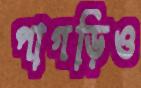
পাগড়িও